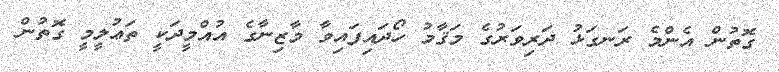
ގޮތުން އެންމެ ރަނގަޅު ދަރިވަރުގެ މަޤާމު ހޯދައިފައިވާ މާޒިނާގެ އުއްމީދަކީ ތަޢުލީމީ ގޮތުން